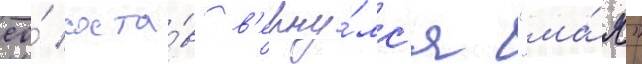
ео́ соста́в в'ерну́лс'я "ма́я"